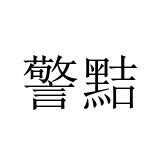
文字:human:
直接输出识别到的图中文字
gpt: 警黠